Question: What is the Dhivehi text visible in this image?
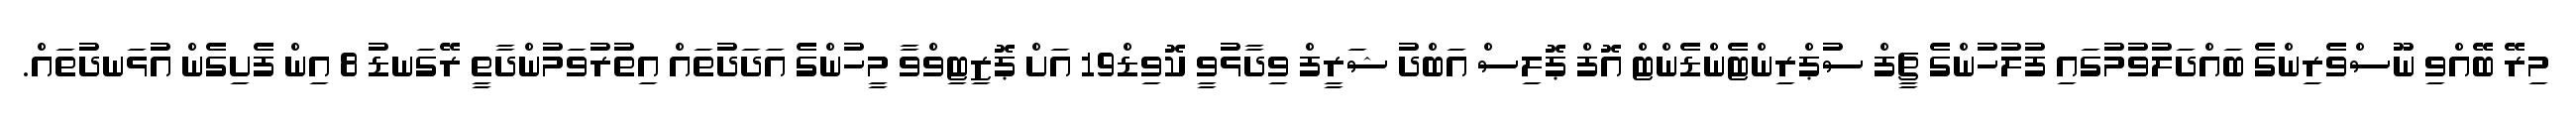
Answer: މިރޭ ބޭއްވި ނޫސްވެރިންގެ ބައްދަލުވުމުގައި ފުލުހުންގެ ޗީފް ސުޕްރިންޓެންޑެންޓް އޮފް ޕޮލިސް އަބްދު ޝަރީފް ވިދާޅުވީ ކޮވިޑް19 އަށް ޕޮޒިޓިވްވާ މީހުންގެ އަދަދުތައް އިތުރުވަމުންދާތީ ރޭގަނޑު 8 އިން ފެށިގެން އުޅަނދުތައް.